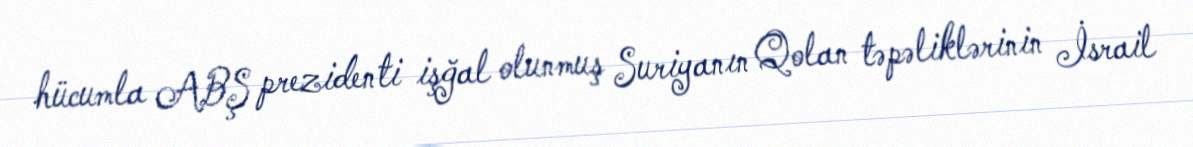
hücumla ABŞ prezidenti işğal olunmuş Suriyanın Qolan təpəliklərinin İsrail